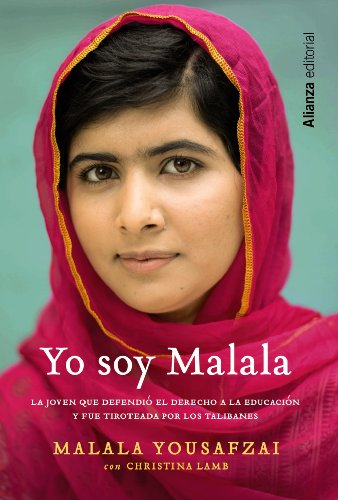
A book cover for Yo soy Malala (Spanish Edition); Malala Yousafzai; Politics & Social Sciences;